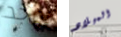
يوجد الميلاد